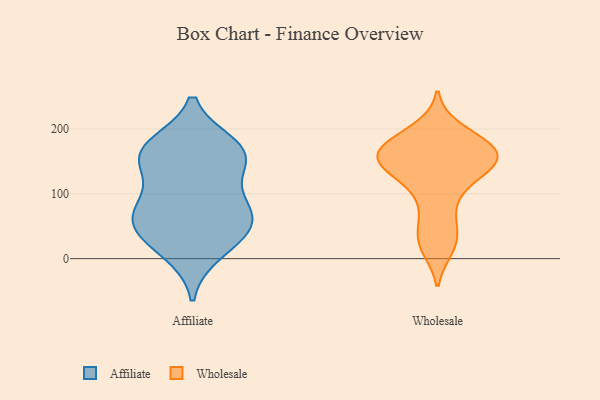
{"axis": {"x": "Page Views", "y": "Value"}, "legend": ["Affiliate", "Wholesale"], "data": [{"x": "", "y": 81, "type": "Affiliate"}, {"x": "", "y": 78, "type": "Affiliate"}, {"x": "", "y": 165, "type": "Affiliate"}, {"x": "", "y": 11, "type": "Affiliate"}, {"x": "", "y": 160, "type": "Affiliate"}, {"x": "", "y": 49, "type": "Affiliate"}, {"x": "", "y": 158, "type": "Affiliate"}, {"x": "", "y": 79, "type": "Affiliate"}, {"x": "", "y": 49, "type": "Affiliate"}, {"x": "", "y": 149, "type": "Affiliate"}, {"x": "", "y": 173, "type": "Affiliate"}, {"x": "", "y": 34, "type": "Affiliate"}, {"x": "", "y": 22, "type": "Wholesale"}, {"x": "", "y": 200, "type": "Wholesale"}, {"x": "", "y": 112, "type": "Wholesale"}, {"x": "", "y": 172, "type": "Wholesale"}, {"x": "", "y": 46, "type": "Wholesale"}, {"x": "", "y": 182, "type": "Wholesale"}, {"x": "", "y": 109, "type": "Wholesale"}, {"x": "", "y": 150, "type": "Wholesale"}, {"x": "", "y": 161, "type": "Wholesale"}, {"x": "", "y": 147, "type": "Wholesale"}, {"x": "", "y": 161, "type": "Wholesale"}, {"x": "", "y": 16, "type": "Wholesale"}, {"x": "", "y": 146, "type": "Wholesale"}, {"x": "", "y": 184, "type": "Wholesale"}, {"x": "", "y": 157, "type": "Wholesale"}, {"x": "", "y": 69, "type": "Wholesale"}, {"x": "", "y": 141, "type": "Wholesale"}]}